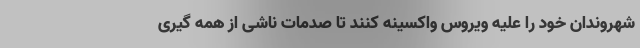
شهروندان خود را علیه ویروس واکسینه کنند تا صدمات ناشی از همه گیری